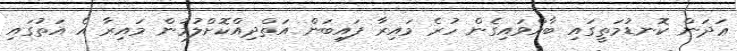
ޢަދަން ކޮނޑުމަތީގައި ބާއްވައިގެން ހުރެ މައިރާ ފައިބަން އަތްދިއްކޮށްލުމުން މައިރާ އެ އަތުގައި